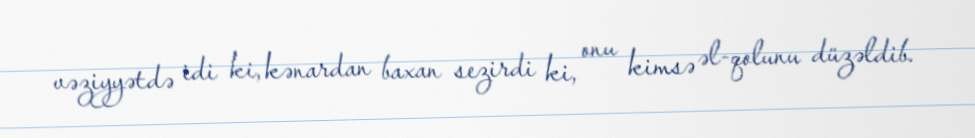
vəziyyətdə idi ki, kənardan baxan sezirdi ki, onu kimsə əl-qolunu düzəldib.